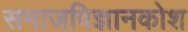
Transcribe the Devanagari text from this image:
समाजविज्ञानकोश